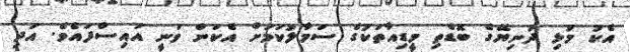
އެކު މުޅި ދުނިޔޭގެ ބޮޑެތި މީޑިއާތަކުގެ ސަމާލުކަމަށް އެކަން ވަނީ އައިސްފައެވެ. އަދި